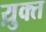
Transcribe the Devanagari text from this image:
य़ुक्त